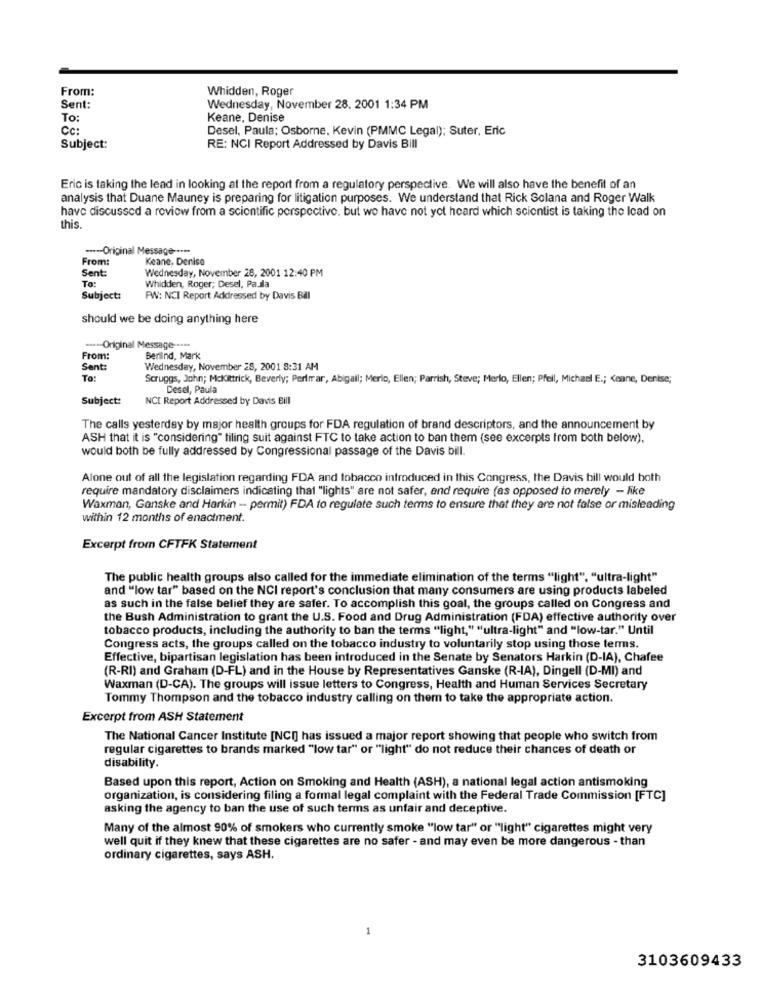
From:
Whidden, Roger
Sent:
Wednesday, November 28. 2001 1:34 PM
To:
Keane, Denise
CC:
Desel, Paula; Osborne, Kevin (PMMC Legal); Suter, Eric
Subject:
RE: NCI Report Addressed by Davis Bill
Eric is taking the lead in looking at the report from a regulatory perspective. We will also have the benefit of an
analysis that Duane Mauney is preparing for litigation purposes. We understand that Rick Solana and Roger Walk
have discussed a review from a scientific perspective, but we have not yet heard which scientist is taking the Icad on
this
---- Original Message ----
From:
Keane, Denise
Sent:
To:
Wednesday, November 28, 2001 12:40 PM
Whidden, Roger; Desel, Pa.dla
Subject:
PW: NCI Report Addressed by Davis Bill
should we be doing anything here
--- Original Message ----
From:
Berlind, Mark
Sent:
Wednesday, November 28, 2001 8:31 AM
To:
Scruggs, John; Mckittrick, Beverly; Perimar, Abigail; Merlo, Ellen; Parrish, Steve; Merlo, Ellen; Pfeil, Michael E .; < eane, Denise;
Cesel, Paula
Subject:
NCI Report Addressed by Davis Bill
The calls yesterday by major health groups for FDA regulation of brand descriptors, and the announcement by
ASH that it is "considering" tiling suit against FTC to take action to ban them (see excerpts from both below).
would both be fully addressed by Congressional passage of the Davis bill.
Alone out of all the legislation regarding FDA and tobacco introduced in this Congress, the Davis bill would both
require mandatory disclaimers indicating that "lights" are not safer, and require (as opposed to merely - like
Waxman, Ganske and Harkin - permit) FDA to regulate such terms to ensure that they are not false or misleading
within 12 months of enactment.
Excerpt from CFTFK Statement
The public health groups also called for the immediate elimination of the terms "light", "ultra-light"
and "low tar" based on the NCI report's conclusion that many consumers are using products labeled
as such in the false belief they are safer. To accomplish this goal, the groups called on Congress and
the Bush Administration to grant the U.S. Food and Drug Administration (FDA) effective authority over
tobacco products, including the authority to ban the terms "light," "ultra-light" and "low-tar." Until
Congress acts, the groups called on the tobacco industry to voluntarily stop using those terms.
Effective, bipartisan legislation has been introduced in the Senate by Senators Harkin (D-IA), Chafee
(R-RI) and Graham (D-FL) and in the House by Representatives Ganske (R-IA), Dingell (D-MI) and
Waxman (D-CA). The groups will issue letters to Congress, Health and Human Services Secretary
Tommy Thompson and the tobacco industry calling on them to take the appropriate action.
Excerpt from ASH Statement
The National Cancer Institute [NCI] has issued a major report showing that people who switch from
regular cigarettes to brands marked "low tar" or "light" do not reduce their chances of death or
disability.
Based upon this report, Action on Smoking and Health (ASH), a national legal action antismoking
organization, is considering filing a formal legal complaint with the Federal Trade Commission [FTC]
asking the agency to ban the use of such terms as unfair and deceptive.
Many of the almost 90% of smokers who currently smoke "low tar" or "light" cigarettes might very
well quit if they knew that these cigarettes are no safer - and may even be more dangerous - than
ordinary cigarettes, says ASH.
3103609433